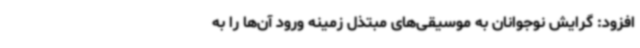
افزود: گرایش نوجوانان به موسیقی‌های مبتذل زمینه ورود آن‌ها را به